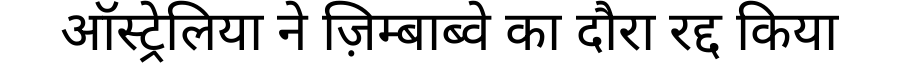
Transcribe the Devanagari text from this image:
ऑस्ट्रेलिया ने ज़िम्बाब्वे का दौरा रद्द किया